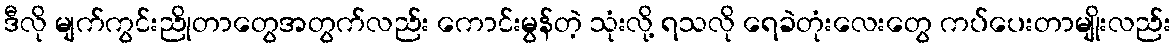
ဒီလို မျက်ကွင်းညိုတာတွေအတွက်လည်း ကောင်းမွန်တဲ့ သုံးလို့ ရသလို ရေခဲတုံးလေးတွေ ကပ်ပေးတာမျိုးလည်း